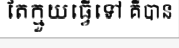
តែក្មួយធ្វើទៅ គឺបាន